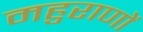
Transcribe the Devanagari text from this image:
महुराणों